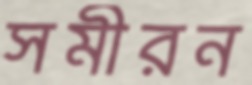
সমীরন